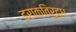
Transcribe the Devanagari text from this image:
इराकविरुद्ध